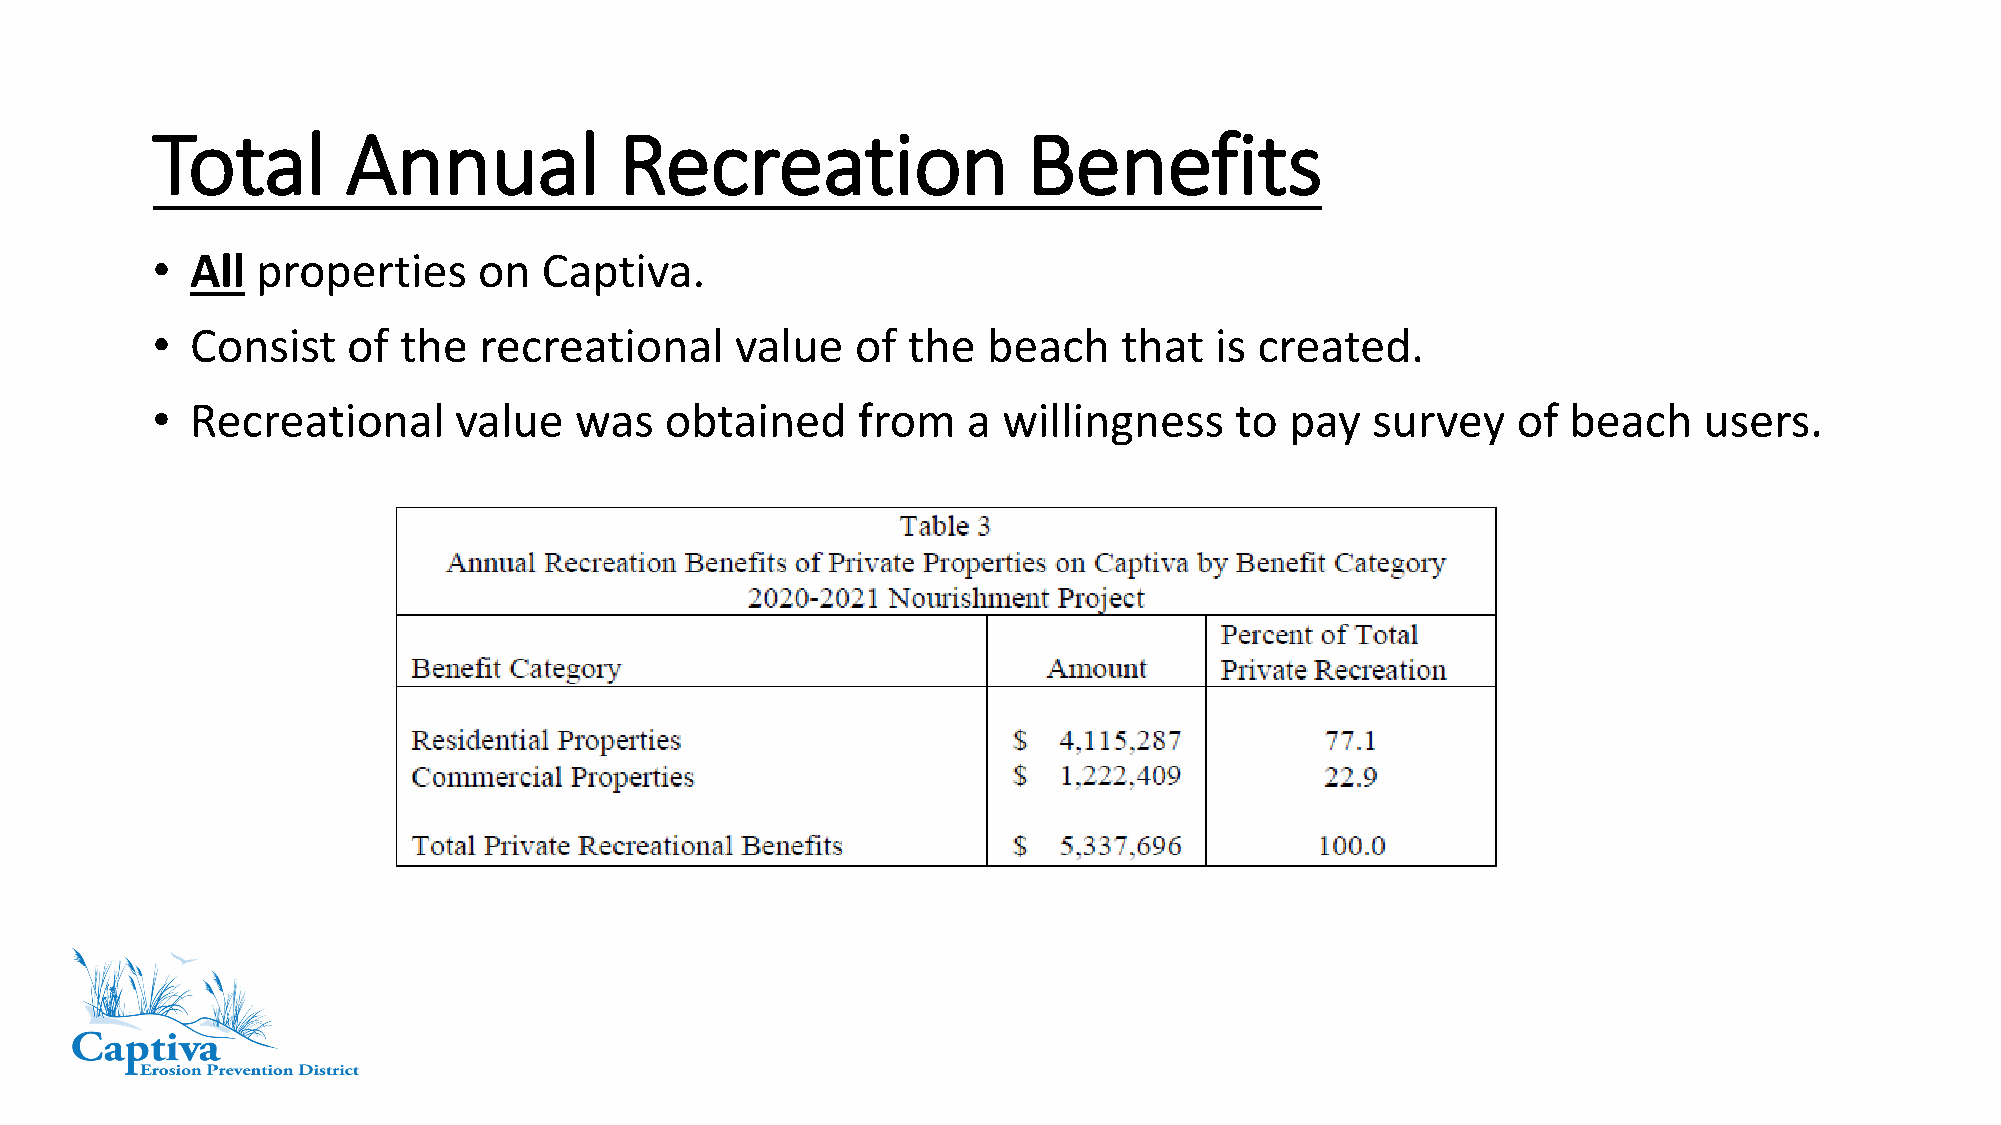
Total        Annual            Recreation                 Benefits
 •  All properties     on  Captiva.
 •  Consist   of the   recreational     value   of the  beach    that  is created.
 •  Recreational     value   was   obtained     from   a willingness     to pay   survey   of  beach    users.